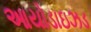
આયોડાઇઝડ